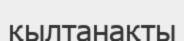
қылтанақты